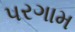
પરગામ